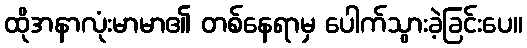
ထိုအနာလုံးမာမာ၏ တစ်နေရာမှ ပေါက်သွားခဲ့ခြင်းပေ။